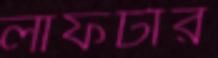
লাফটার